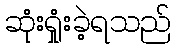
ဆုံးရှုံးခဲ့ရသည်